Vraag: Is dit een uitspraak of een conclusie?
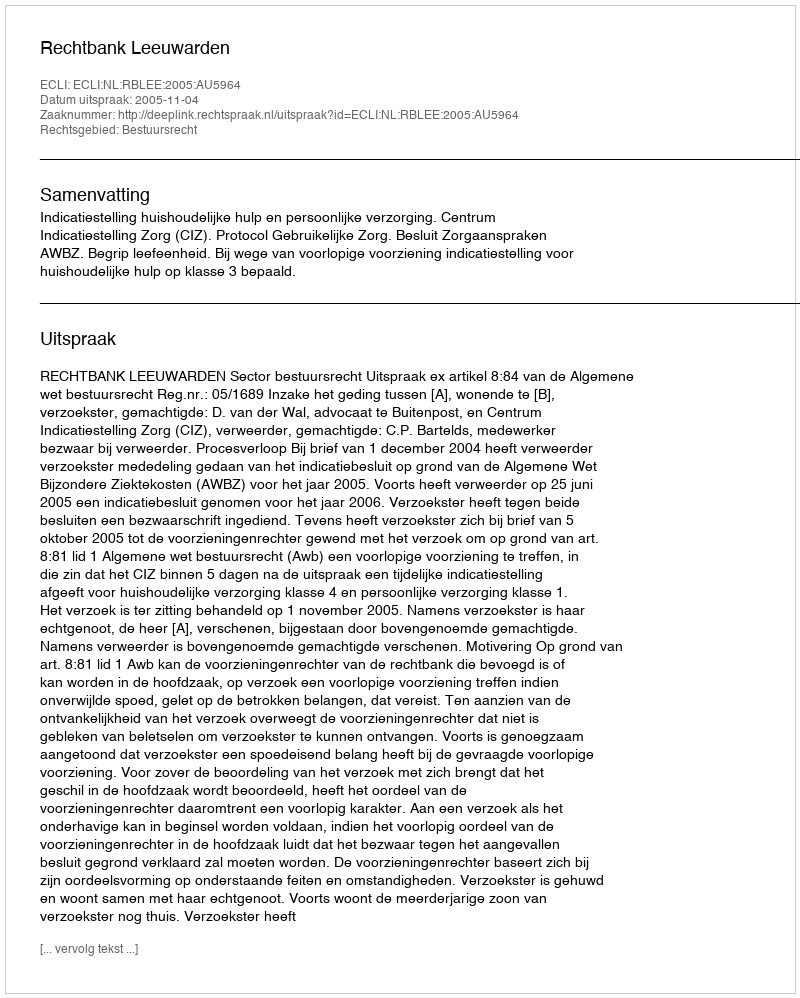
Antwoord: Uitspraak